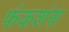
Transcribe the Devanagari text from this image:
फंकशंस